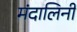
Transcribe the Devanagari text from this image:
मंदालिनी